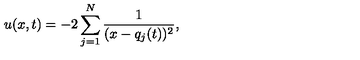
u ( x , t ) = - 2 \sum _ { j = 1 } ^ { N } \frac { 1 } { ( x - q _ { j } ( t ) ) ^ { 2 } } ,